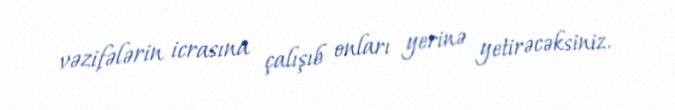
vəzifələrin icrasına çalışıb onları yerinə yetirəcəksiniz.